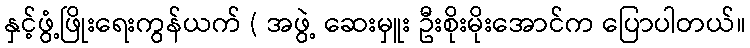
နှင့်ဖွံ့ဖြိုးရေးကွန်ယက် ( အဖွဲ့ ဆေးမှူး ဦးစိုးမိုးအောင်က ပြောပါတယ်။